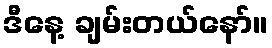
ဒီနေ့ ချမ်းတယ်နော်။